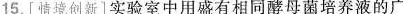
15.[情境创新]实验室中用盛有相同酵母菌培养液的广